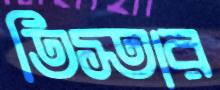
তিস্তার